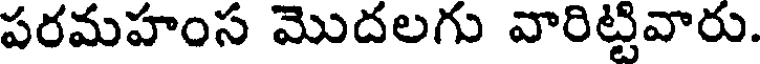
పరమహంస మొదలగు వారిట్టివారు.